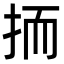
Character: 㧫